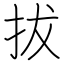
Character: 拔